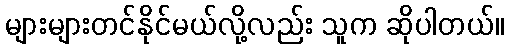
များများတင်နိုင်မယ်လို့လည်း သူက ဆိုပါတယ်။